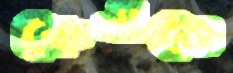
কেনাতে